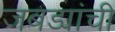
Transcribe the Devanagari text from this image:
जबड्यांची